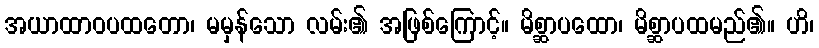
အယာထာဝပထတော၊ မမှန်သော လမ်း၏ အဖြစ်ကြောင့်။ မိစ္ဆာပထော၊ မိစ္ဆာပထမည်၏။ ဟိ၊